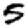
Digit: 5